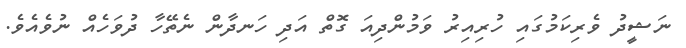
ނަޝީދު ވެރިކަމުގައި ހުރިއިރު ވަމުންދިއަ ގޮތް އަދި ހަނދާން ނެތޭހާ ދުވަހެއް ނުވެއެވެ.